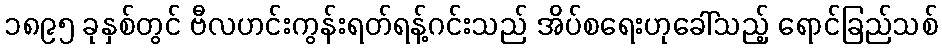
၁၈၉၅ ခုနှစ်တွင် ဗီလဟင်းကွန်းရတ်ရန့်ဂင်းသည် အိပ်စရေးဟုခေါ်သည့် ရောင်ခြည်သစ်